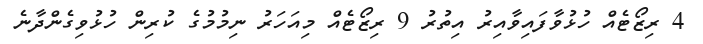
4 ރިޒޯޓެއް ހުޅުވާފައިވާއިރު އިތުރު 9 ރިޒޯޓެއް މިއަހަރު ނިމުމުގެ ކުރިން ހުޅުވިގެންދާނެ